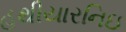
હથીયારનિઇ